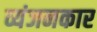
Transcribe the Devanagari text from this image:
व्यंजनकार